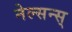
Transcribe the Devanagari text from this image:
नेल्सन्स्